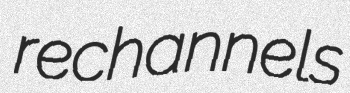
rechannels